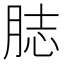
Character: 䏯